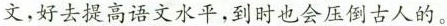
文，好去提高语文水平，到时也会压倒古人的。